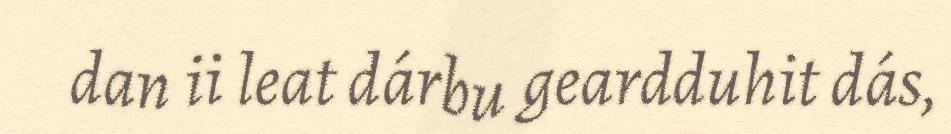
dan ii leat dárbu geardduhit dás,